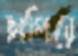
ছাপিয়ে